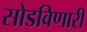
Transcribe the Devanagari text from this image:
सोडविणारी